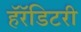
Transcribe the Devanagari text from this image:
हॅरॅडिटरी